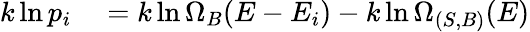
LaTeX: \begin{array}{rl}{k\ln p_{i}}&{{}=k\ln\Omega_{B}(E-E_{i})-k\ln\Omega_{(S,B)}(E)}\end{array}